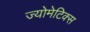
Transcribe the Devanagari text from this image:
ज्योमेटिक्स